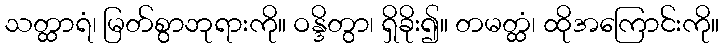
သတ္ထာရံ၊ မြတ်စွာဘုရားကို။ ဝန္ဒိတွာ၊ ရှိခိုး၍။ တမတ္ထံ၊ ထိုအကြောင်းကို။